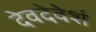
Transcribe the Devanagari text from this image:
देवदेवेशं